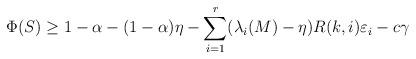
LaTeX: \begin{align*}\Phi(S) \geq 1 - \alpha - (1-\alpha)\eta - \sum\limits_{i=1}^{r} (\lambda_i(M)-\eta)R(k,i)\varepsilon_i - c\gamma\end{align*}